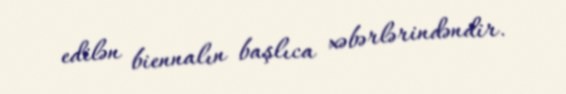
edilən biennalın başlıca xəbərlərindəndir.